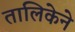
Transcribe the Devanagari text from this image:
तालिकेने